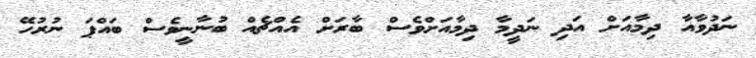
ނަދުވާއާ ދިމާއަށް އަދި ނަދީމާ ދިމާއަށްވެސް ބާރަށް އެއްޗެއް ބުނާނީވެސް ބައްޕަ ނުރުހޭ